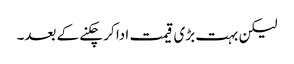
لیکن بہت بڑی قیمت ادا کر چکنے کے بعد۔